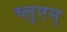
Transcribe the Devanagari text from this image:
च्लुएस्